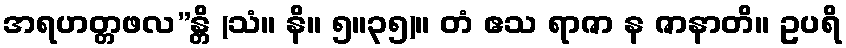
အရဟတ္တဖလ”န္တိ (သံ။ နိ။ ၅။၃၅)။ တံ ဧသ ရာဇာ န ဇာနာတိ။ ဥပရိ